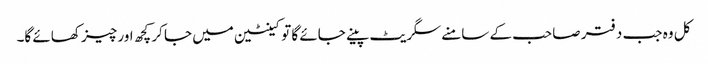
کل وہ جب دفتر صاحب کے سامنے سگریٹ پینے جائے گا تو کینٹین میں جا کر کچھ اور چیز کھائے گا۔